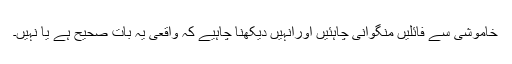
خاموشی سے فائلیں منگوانی چاہئیں اورانہیں دیکھنا چاہیے کہ واقعی یہ بات صحیح ہے یا نہیں۔